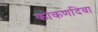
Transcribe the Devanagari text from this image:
कोकणदिवा